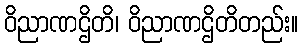
ဝိညာဏဌိတိ၊ ဝိညာဏဌိတိတည်း။